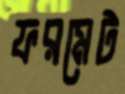
ফরমেট